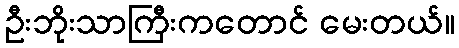
ဦးဘိုးသာကြီးကတောင် မေးတယ်။